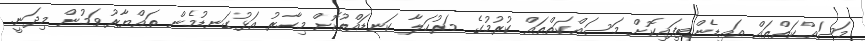
މަސައްކަތްތައް އައިޑެންޓިފައިކޮށް މަސައްކަތްތައް ކުރުމުގެ މަރުހަލާ ކަނޑައްތުކޮށް މިހާރު އަޅުގަނޑުމެން ތައްޔާރުވަމުން މިދަނީ.